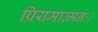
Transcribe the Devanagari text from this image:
प्रियमात्मनः।